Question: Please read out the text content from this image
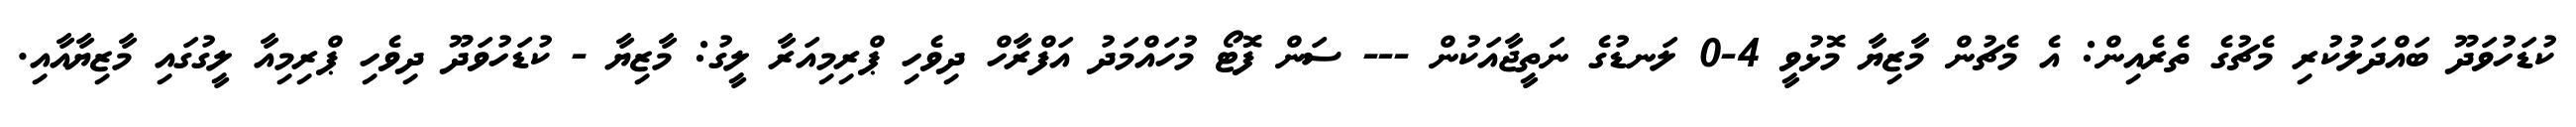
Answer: ކުޑަހުވަދޫ ބައްދަލުކުރި މެޗުގެ ތެރެއިން: އެ މެޗުން މާޒިޔާ މޮޅުވީ 4-0 ލަނޑުގެ ނަތީޖާއަކުން --- ސަން ފޮޓޯ މުހައްމަދު އަފްރާހް ދިވެހި ޕްރިމިއަރާ ލީގު: މާޒިޔާ - ކުޑަހުވަދޫ ދިވެހި ޕްރިމިއާ ލީގުގައި މާޒިޔާއާއި.